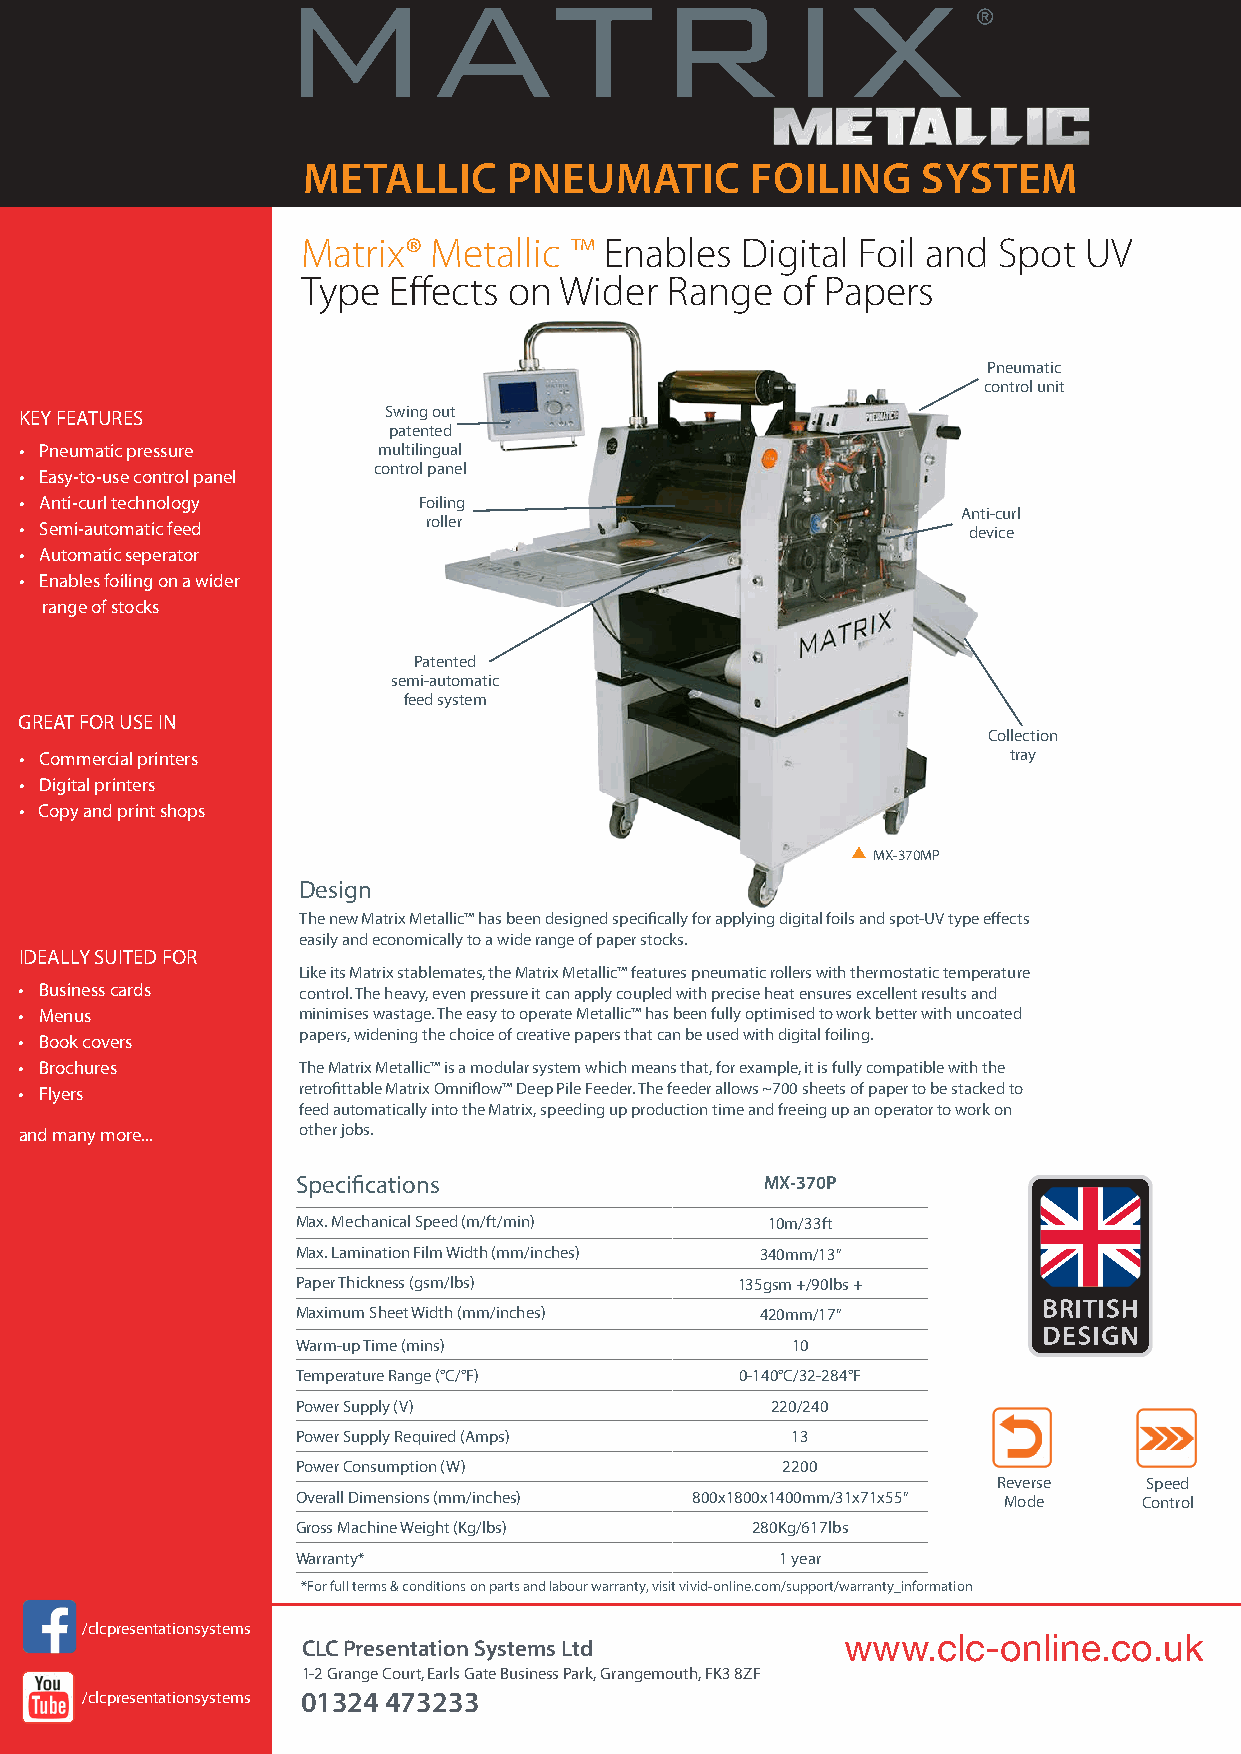
METALLIC      PNEUMATIC       FOILING    SYSTEM
 Matrix®  Metallic ™ Enables  Digital Foil and Spot  UV
 Type  Effects on Wider  Range   of Papers
 Pneumatic
 control unit
 KEY FEATURES            Swing out
 patented
 • Pneumatic pressure    multilingual
 control panel
 • Easy-to-use control panel
 • Anti-curl technology     Foiling
 Anti-curl
 roller
 • Semi-automatic feed                                          device
 • Automatic seperator
 • Enables foiling on a wider
 range of stocks
 Patented
 semi-automatic
 feed system
 GREAT FOR USE IN
 Collection
 • Commercial printers                                             tray
 • Digital printers
 • Copy and print shops
 MX-370MP
 Design
 The new Matrix Metallic™ has been designed specifically for applying digital foils and spot-UV type effects
 easily and economically to a wide range of paper stocks.
 IDEALLY SUITED FOR
 Like its Matrix stablemates, the Matrix Metallic™ features pneumatic rollers with thermostatic temperature
 • Business cards   control. The heavy, even pressure it can apply coupled with precise heat ensures excellent results and
 • Menus            minimises wastage. The easy to operate Metallic™ has been fully optimised to work better with uncoated
 papers, widening the choice of creative papers that can be used with digital foiling.
 • Book covers
 • Brochures        The Matrix Metallic™ is a modular system which means that, for example, it is fully compatible with the
 • Flyers           retrofittable Matrix Omniflow™ Deep Pile Feeder. The feeder allows ~700 sheets of paper to be stacked to
 feed automatically into the Matrix, speeding up production time and freeing up an operator to work on
 and many more...   other jobs.
 Specifications                 MX-370P
 Max. Mechanical Speed (m/ft/min) 10m/33ft
 Max. Lamination Film Width (mm/inches) 340mm/13”
 Paper Thickness (gsm/lbs)    135gsm +/90lbs +
 Maximum Sheet Width (mm/inches) 420mm/17”
 Warm-up Time (mins)             10
 Temperature Range (°C/°F)    0-140°C/32-284°F
 Power Supply (V)               220/240
 Power Supply Required (Amps)    13
 Power Consumption (W)           2200
 Reverse   Speed
 Overall Dimensions (mm/inches) 800x1800x1400mm/31x71x55” Mode Control
 Gross Machine Weight (Kg/lbs) 280Kg/617lbs
 Warranty*                       1 year
 *For full terms & conditions on parts and labour warranty, visit vivid-online.com/support/warranty_information
 Secret
 /clcpresentationsystems                            www.clc-online.co.uk
 CLC Presentation Systems Ltd
 1-2 Grange Court, Earls Gate Business Park, Grangemouth, FK3 8ZF
 /clcpresentationsystems 01324 473233